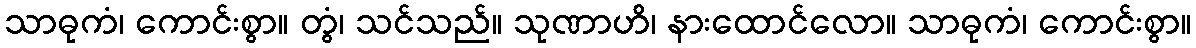
သာဓုကံ၊ ကောင်းစွာ။ တွံ၊ သင်သည်။ သုဏာဟိ၊ နားထောင်လော။ သာဓုကံ၊ ကောင်းစွာ။